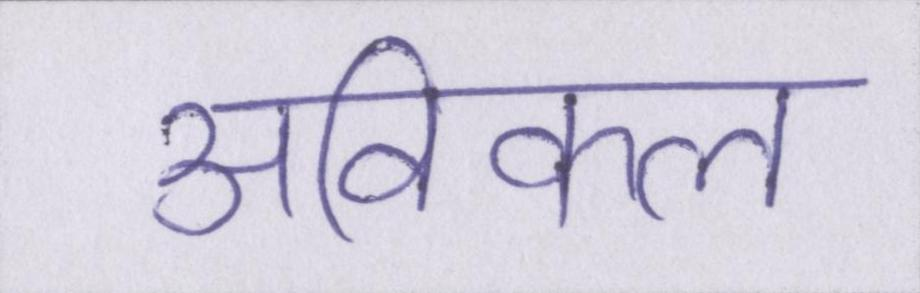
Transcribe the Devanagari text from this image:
अविकल